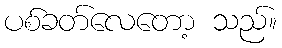
ပစ်ခတ်လေတော့ သည်။